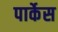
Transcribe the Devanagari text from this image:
पार्केस